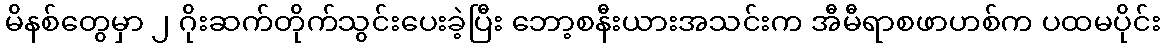
မိနစ်တွေမှာ ၂ ဂိုးဆက်တိုက်သွင်းပေးခဲ့ပြီး ဘော့စနီးယားအသင်းက အီမီရာစဖာဟစ်က ပထမပိုင်း